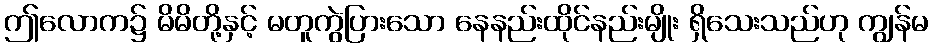
ဤလောက၌ မိမိတို့နှင့် မတူကွဲပြားသော နေနည်းထိုင်နည်းမျိုး ရှိသေးသည်ဟု ကျွန်မ